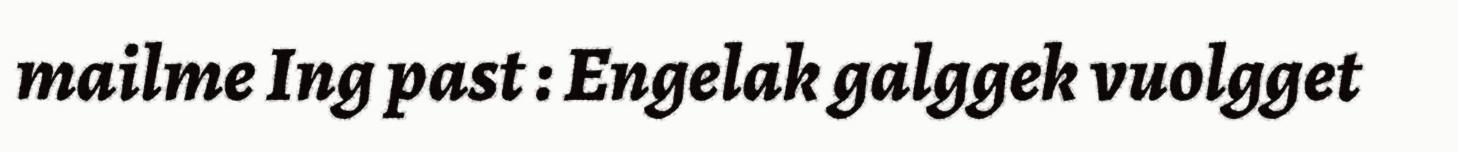
mailme Ing past : Engelak galggek vuolgget